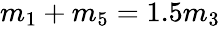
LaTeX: \begin{array}{r}{m_{1}+m_{5}=1.5m_{3}}\end{array}